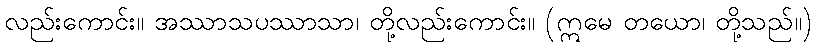
လည်းကောင်း။ အဿာသပဿာသာ၊ တို့လည်းကောင်း။ (ဣမေ တယော၊ တို့သည်။)